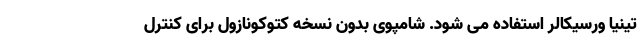
تینیا ورسیکالر استفاده می شود. شامپوی بدون نسخه کتوکونازول برای کنترل